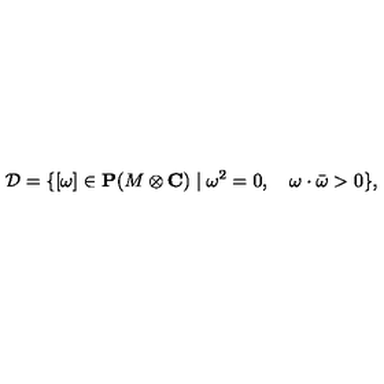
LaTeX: { \cal D } = \{ [ \omega ] \in { \bf P } ( M \otimes { \bf C } ) \mid \omega ^ { 2 } = 0 , \quad \omega \cdot \bar { \omega } > 0 \} ,